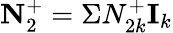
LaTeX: \textbf{N}_{2}^{+}=\Sigma N_{2k}^{+}\textbf{I}_{k}